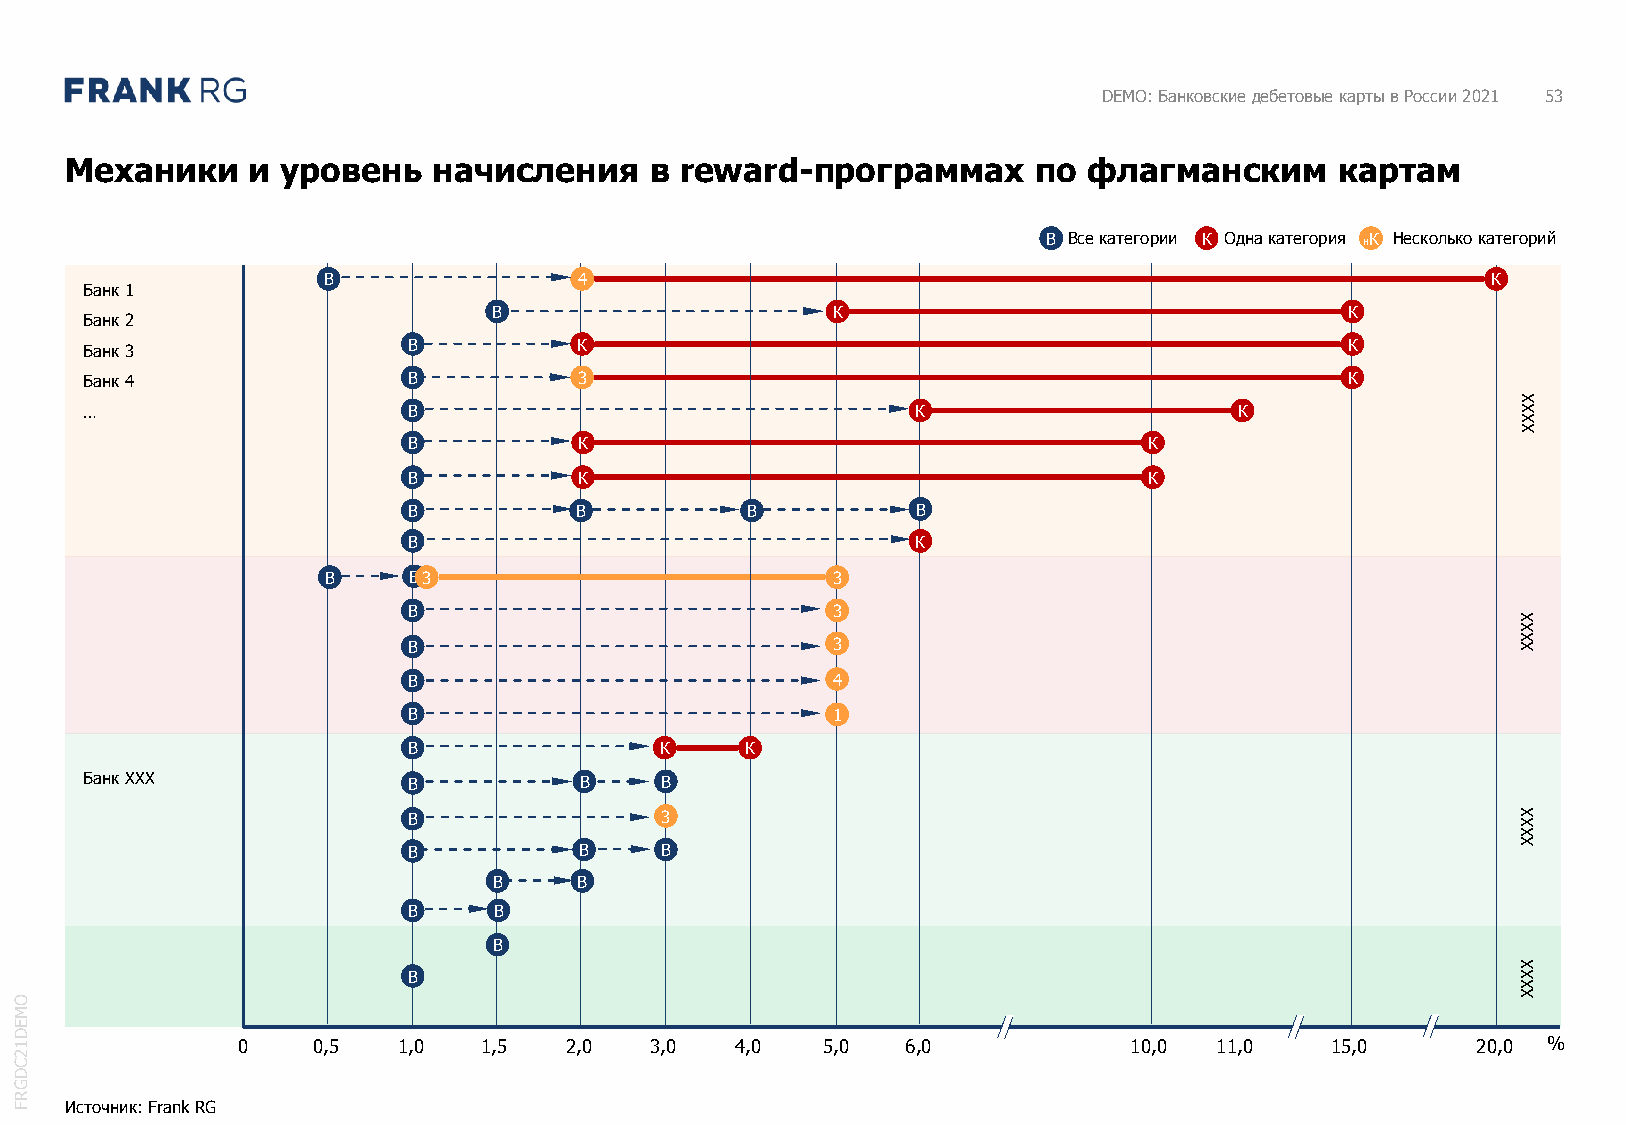
DEMO: Банковские дебетовые карты в России 2021 53
 Механики     и уровень   начисления    в reward-программах       по флагманским      картам
 В Все категории К Одна категория нК Несколько категорий
 В                4                                                            К
 Банк 1
 В                     К                                 К
 Банк 2
 Банк 3               В          К                                                  К
 Банк 4               В          3                                                  К
 X
 …                    В                                 К                    К                  X
 X
 X
 В          К                                     К
 В          К                                     К
 В          В          В           В
 В                                 К
 В    В3                          3
 В                           3
 X
 X
 В                           3                                             X X
 В                           4
 В                           1
 В                К    К
 Банк XXX             В          В     В
 В                3                                                        X X
 X
 X
 В          В     В
 В    В
 В     В
 В
 X
 В                                                                         X
 X
 O                                                                                                   X
 M
 E
 D
 1              0    0,5  1,0   1,5  2,0   3,0   4,0  5,0   6,0            10,0 11,0    15,0      20,0 %
 2
 C
 D
 G
 R
 F  Источник: Frank RG